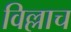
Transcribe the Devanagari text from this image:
विल्लाच